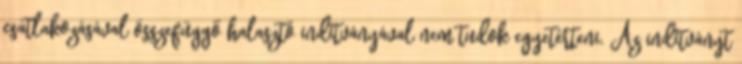
csatlakozásával összefüggő halasztó indítványával nem tudok egyetérteni. Az indítványt